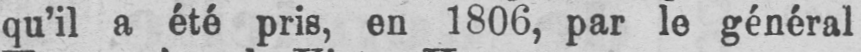
qu’il a été pris, en 1806, par le général